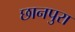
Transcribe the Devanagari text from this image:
छानपुरा